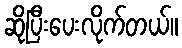
ဆိုပြီးပေးလိုက်တယ်။